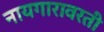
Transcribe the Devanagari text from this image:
नायगारावरती